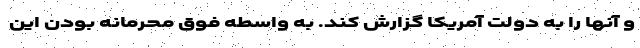
و آنها را به دولت آمریکا گزارش کند. به واسطه فوق محرمانه بودن این